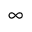
\infty